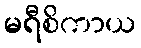
မရီစိကာယ